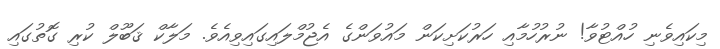
މިކައިވެނި ހުއްޓުވާ! ނުރުހުމާއި ހަރުކަށިކަން މައުވަންގެ އެޖުމްލައިގައިވިއެވެ. މަލާކް ޤަބޫލް ކުރި ގޮތުގައި